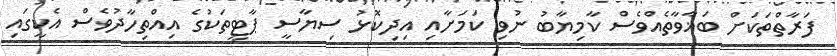
ފަރާތްތަކަށް ބަޣާވާތެއްވެސް ކާމިޔާބު ނުވި ކަމަށާއި އިދިކޮޅު ސިޔާސީ ޕާޓީތަކުގެ އިއްތިހާދުވެސް އެކީގައި